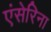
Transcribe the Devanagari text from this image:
एंसेरिना